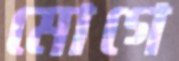
মোগে